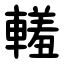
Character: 䡭